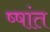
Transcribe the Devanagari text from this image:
ष्षांत